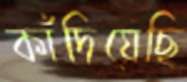
কাঁদিয়েছি